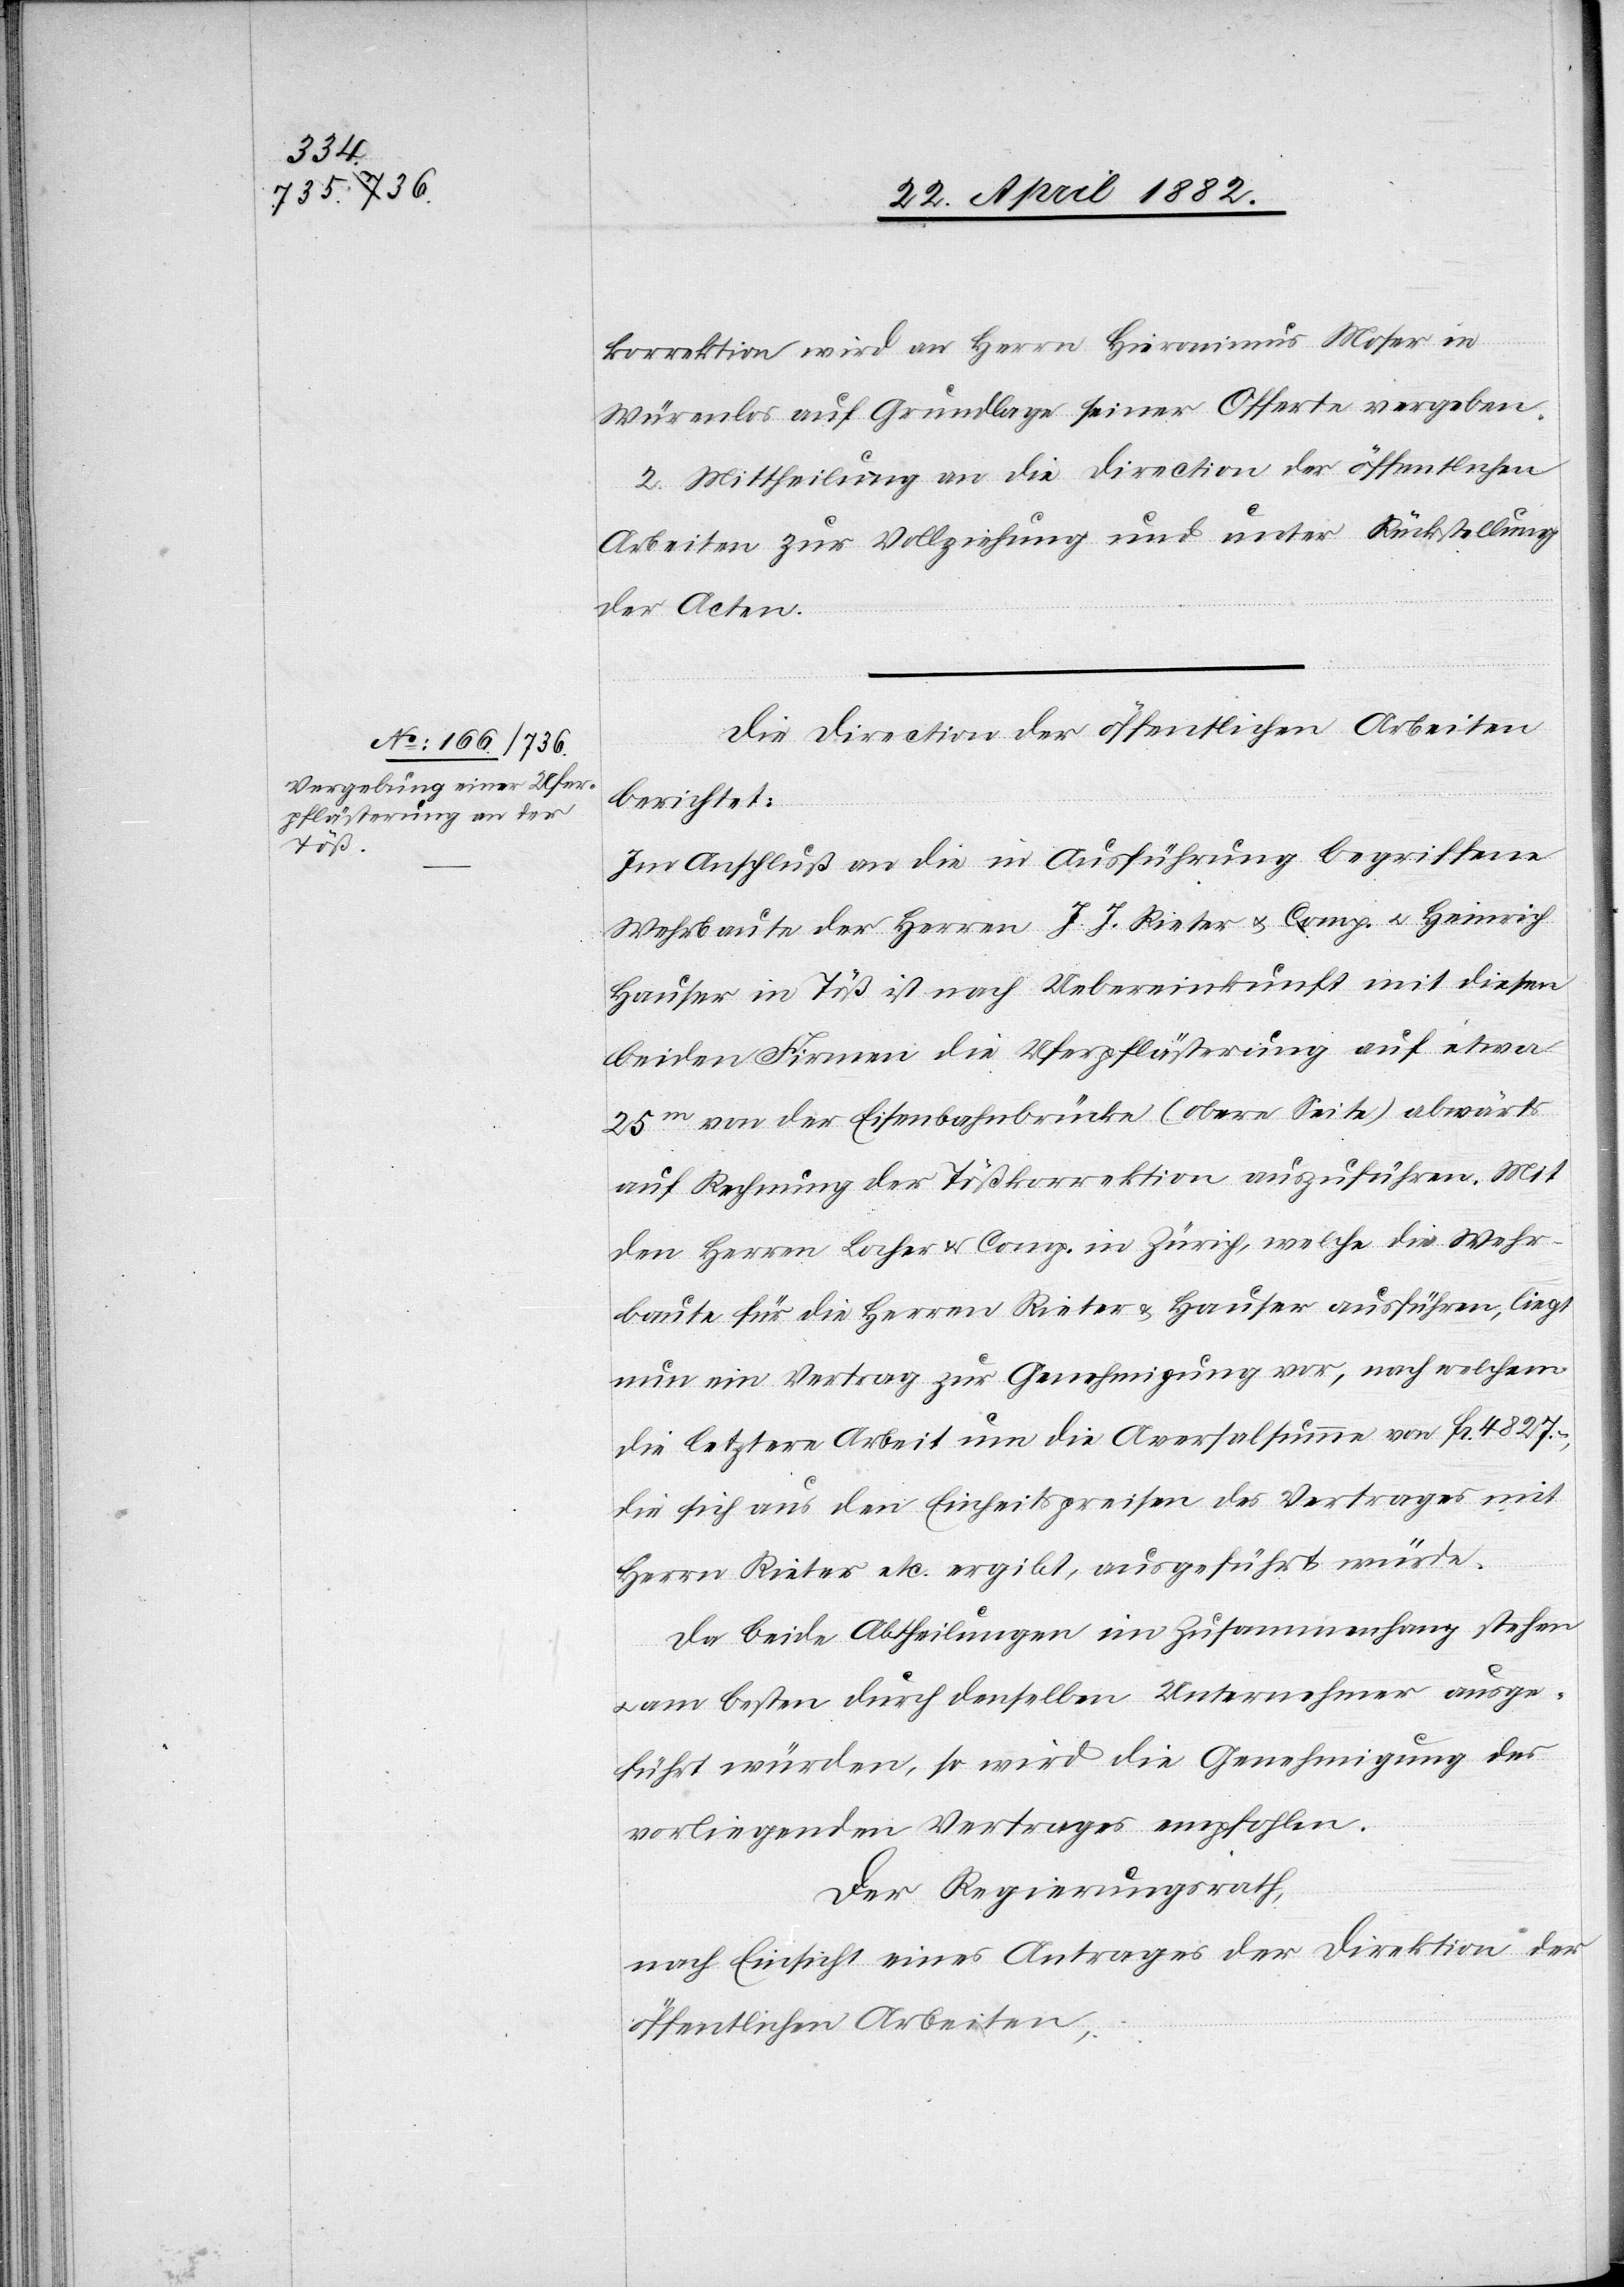
korrektion wird an Herrn Hieronimus Moser in
Würenlos auf Grundlage seiner Offerte vergeben.
2. Mittheilung an die Direction der öffentlichen
Arbeiten zur Vollziehung und unter Rückstellung
der Acten.
Die Direction der öffentlichen Arbeiten
berichtet:
Im Anschluß an die in Ausführung begriffene
Wehrbaute der Herren J. J. Rieter u. Comp. u. Heinrich
Hauser in Töß ist nach Uebereinkunft mit diesen
beiden Firmen die Uferpflästerung auf etwa
25m von der Eisenbahnbrücke (Obere Seite) abwärts
auf Rechnung der Tößkorrektion auszuführen. Mit
den Herren Locher & Comp. in Zürich, welche die Wehr¬
baute für die Herren Rieter & Hauser ausführen, liegt
nun ein Vertrag zur Genehmigung vor, nach welchem
die letztere Arbeit um die Aversalsumme von Fr. 4827.–,
die sich aus den Einheitspreisen des Vertrages mit
Herrn Rieter etc. ergibt, ausgeführt würde.
Da beide Abtheilungen im Zusammenhang stehen
am besten durch denselben Unternehmer ausge¬
führt würden, so wird die Genehmigung des
vorliegenden Vertrages empfohlen.
Der Regierungsrath,
nach Einsicht eines Antrages der Direction der
öffentlichen Arbeiten,